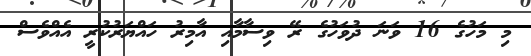
މި މަހުގެ 16 ވަނަ ދުވަހުގެ ރޭ ވިސާމާއި އާމިރު ހައްޔަރުކުރީ އެއްވެސް